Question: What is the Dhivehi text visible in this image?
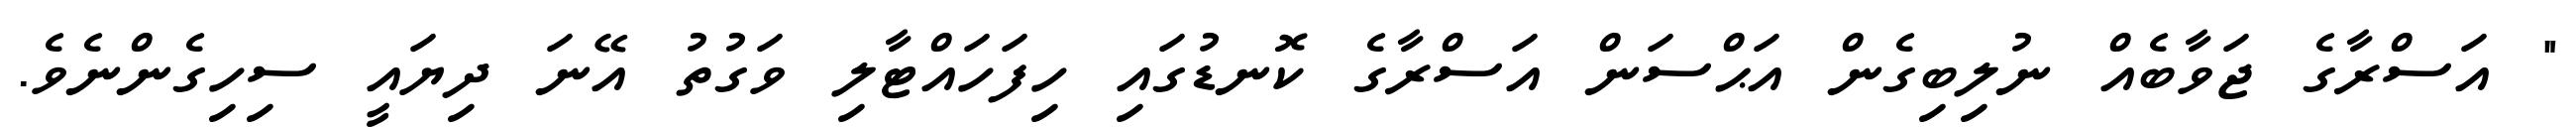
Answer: " އަސްރާގެ ޖަވާބެއް ނުލިބިގެން އަޙްސަން އަސްރާގެ ކޮނޑުގައި ހިފަހައްޓާލި ވަގުތު އޭނަ ދިޔައީ ސިހިގެންނެވެ.